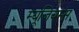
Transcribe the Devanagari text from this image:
म्यूजियम्स